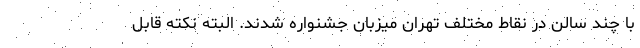
با چند سالن در نقاط مختلف تهران میزبان جشنواره شدند. البته نکته قابل